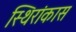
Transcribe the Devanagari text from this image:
स्थिरांकास